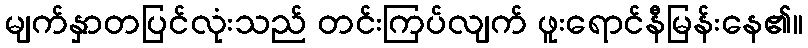
မျက်နှာတပြင်လုံးသည် တင်းကြပ်လျက် ဖူးရောင်နီမြန်းနေ၏။